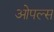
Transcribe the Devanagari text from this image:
ओपल्स